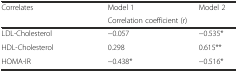
| <ROWSPAN=2> Correlates | Model 1 | Model 2 |
 | <COLSPAN=2> Correlation coefficient (r) |
 | --- | --- | --- |
 | LDL-Cholesterol | −0.057 | −0.535* |
 | HDL-Cholesterol | 0.298 | 0.615** |
 | HOMA-IR | −0.438* | −0.516* |